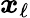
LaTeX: \boldsymbol{x}_{\ell}